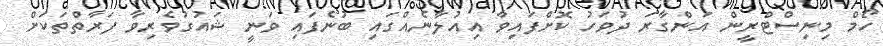
ހޯމް މިނިސްޓްރީން އަންގާރަ ދުވަހު ކޮށްފައިވާ އިއުލާނެއްގައި ބުނެފައި ވަނީ ޝައުގުވެރިވާ ފަރާތްތަކަށް